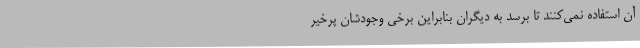
آن استفاده نمی‌کنند تا برسد به دیگران بنابراین برخی‌ وجودشان پرخیر